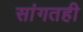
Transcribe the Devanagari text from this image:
सांगतही